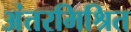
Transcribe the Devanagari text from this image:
अंतरमिश्रित